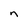
Character: n